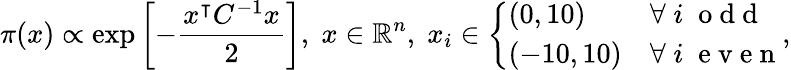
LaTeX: \pi(x)\propto\exp\left[-\frac{x^{\intercal}C^{-1}x}{2}\right],\; x\in\mathbb{R}^{n},\; x_{i}\in\left\{ \begin{array}{ll}{(0,10)}&{\forall\; i\; \mathrm{~o~d~d~}}\\ {(-10,10)}&{\forall\; i\; \mathrm{~e~v~e~n~}}\end{array}\right.,